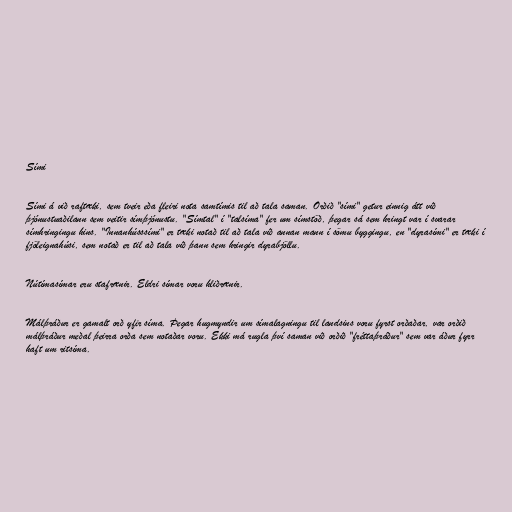
Sími

Sími á við raftæki, sem tveir eða fleiri nota samtímis til að tala saman. Orðið "sími" getur einnig átt við
þjónustuaðilann sem veitir símþjónustu. "Símtal" í "talsíma" fer um símstöð, þegar sá sem hringt var í svarar
símhringingu hins. "Innanhússsími" er tæki notað til að tala við annan mann í sömu byggingu, en "dyrasími" er tæki í
fjöleignahúsi, sem notað er til að tala við þann sem hringir dyrabjöllu.

Nútímasímar eru stafrænir. Eldri símar voru hliðrænir.

Málþráður er gamalt orð yfir síma. Þegar hugmyndir um símalagningu til landsins voru fyrst orðaðar, var orðið
málþráður meðal þeirra orða sem notaðar voru. Ekki má rugla því saman við orðið "fréttaþráður" sem var áður fyrr
haft um ritsíma.